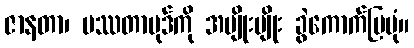
ဇာနတာ၊ ပဿတာပုဒ်ကို အမျိုးမျိုး ခွဲကောက်ပြပုံ။